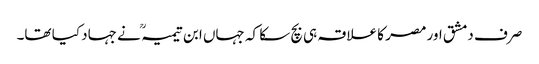
صرف دمشق اور مصر کا علاقہ ہی بچ سکا کہ جہاں ابن تیمیہ ؒ نے جہاد کیا تھا۔